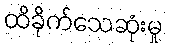
ထိခိုက်သေဆုံးမှု